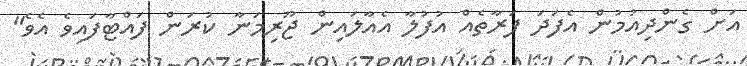
އަށް ގެންދިއުމުން އެފަދަ ފަރާތެއް އުފުލާ އެއާލައިން ޖޫރިމަނާ ކުރަން ފައްޓާފައިވެ އެވެ"